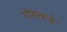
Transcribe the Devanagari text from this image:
पोराकडे